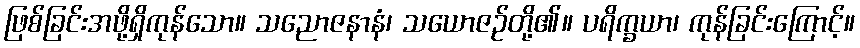
ဖြစ်ခြင်းအဖို့ရှိကုန်သော။ သညောဇနာနံ၊ သယောဇဉ်တို့၏။ ပရိက္ခယာ၊ ကုန်ခြင်းကြောင့်။